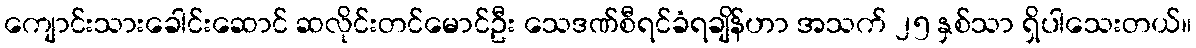
ကျောင်းသားခေါင်းဆောင် ဆလိုင်းတင်မောင်ဦး သေဒဏ်စီရင်ခံရချိန်ဟာ အသက် ၂၅ နှစ်သာ ရှိပါသေးတယ်။